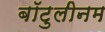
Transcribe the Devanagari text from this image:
बॉटुलीनम